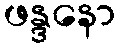
ဖန္ဒနော